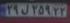
۲۹ل۲۵۹۲۲